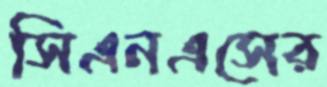
সিএনএসের